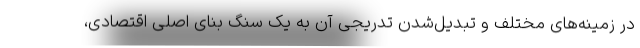
در زمینه‌های مختلف و تبدیل‌شدن تدریجی آن به یک سنگ بنای اصلی اقتصادی،